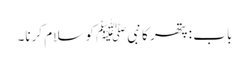
باب : پتھر کا نبیﷺ کو سلام کرنا۔